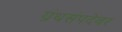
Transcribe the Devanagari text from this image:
ग्रंथसंपदेवर